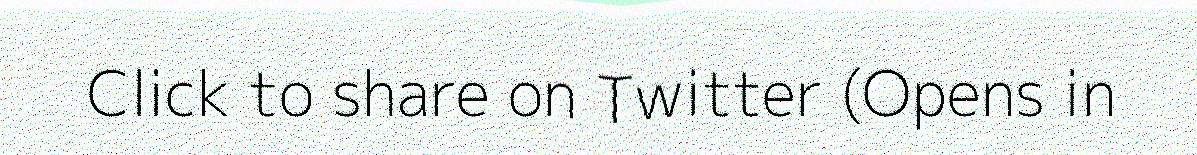
Click to share on Twitter (Opens in